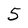
Character: 5